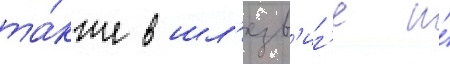
та́кже в шл'езв'иг'е и́